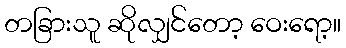
တခြားသူ ဆိုလျှင်တော့ ဝေးရော့။